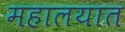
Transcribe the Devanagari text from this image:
महालयात